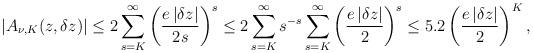
LaTeX: \begin{align*} \left|A_{\nu,K}(z,\delta z)\right| \leq 2\sum_{s=K}^\infty \left(\frac{e\,|\delta z|}{2s}\right)^s \leq 2\sum_{s=K}^\infty s^{-s} \sum_{s=K}^\infty \left(\frac{e\,|\delta z|}{2}\right)^s \leq 5.2\left(\frac{e\,|\delta z|}{2}\right)^K, \end{align*}